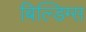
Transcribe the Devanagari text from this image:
बिल्डिग्स